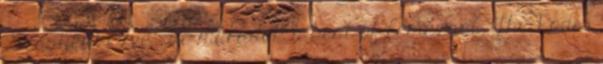
„Szégyenkezve”, de maradok a best of lemeznél. The Rods: